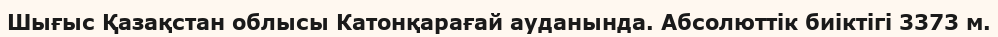
Шығыс Қазақстан облысы Катонқарағай ауданында. Абсолюттiк биіктігі 3373 м.